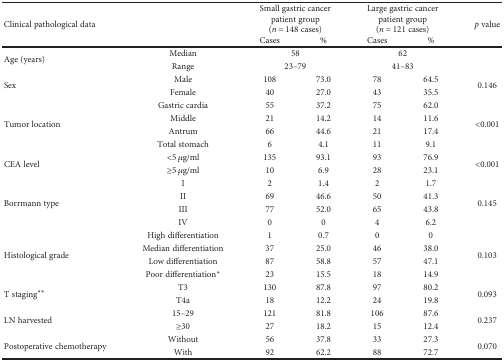
<table><thead><tr><td rowspan="2" colspan="2"><b>Clinical pathological data</b></td><td colspan="2"><b>Small gastric cancer patient group(<i>n</i> = 148 cases)</b></td><td colspan="2"><b>Large gastric cancer patient group(<i>n</i> = 121 cases)</b></td><td rowspan="2"><b><i>p</i> value</b></td></tr><tr><td><b>Cases</b></td><td><b>%</b></td><td><b>Cases</b></td><td><b>%</b></td></tr></thead><tbody><tr><td rowspan="2">Age (years)</td><td>Median</td><td colspan="2">58</td><td colspan="2">62</td><td></td></tr><tr><td>Range</td><td colspan="2">23–79</td><td colspan="2">41–83</td><td></td></tr><tr><td rowspan="2">Sex</td><td>Male</td><td>108</td><td>73.0</td><td>78</td><td>64.5</td><td rowspan="2">0.146</td></tr><tr><td>Female</td><td>40</td><td>27.0</td><td>43</td><td>35.5</td></tr><tr><td rowspan="4">Tumor location</td><td>Gastric cardia</td><td>55</td><td>37.2</td><td>75</td><td>62.0</td><td rowspan="4">&lt;0.001</td></tr><tr><td>Middle</td><td>21</td><td>14.2</td><td>14</td><td>11.6</td></tr><tr><td>Antrum</td><td>66</td><td>44.6</td><td>21</td><td>17.4</td></tr><tr><td>Total stomach</td><td>6</td><td>4.1</td><td>11</td><td>9.1</td></tr><tr><td rowspan="2">CEA level</td><td>&lt;5 <i>μ</i>g/ml</td><td>135</td><td>93.1</td><td>93</td><td>76.9</td><td rowspan="2">&lt;0.001</td></tr><tr><td>≥5 <i>μ</i>g/ml</td><td>10</td><td>6.9</td><td>28</td><td>23.1</td></tr><tr><td rowspan="4">Borrmann type</td><td>I</td><td>2</td><td>1.4</td><td>2</td><td>1.7</td><td rowspan="4">0.145</td></tr><tr><td>II</td><td>69</td><td>46.6</td><td>50</td><td>41.3</td></tr><tr><td>III</td><td>77</td><td>52.0</td><td>65</td><td>43.8</td></tr><tr><td>IV</td><td>0</td><td>0</td><td>4</td><td>6.2</td></tr><tr><td rowspan="4">Histological grade</td><td>High differentiation</td><td>1</td><td>0.7</td><td>0</td><td>0</td><td rowspan="4">0.103</td></tr><tr><td>Median differentiation</td><td>37</td><td>25.0</td><td>46</td><td>38.0</td></tr><tr><td>Low differentiation</td><td>87</td><td>58.8</td><td>57</td><td>47.1</td></tr><tr><td>Poor differentiation<sup>∗</sup></td><td>23</td><td>15.5</td><td>18</td><td>14.9</td></tr><tr><td rowspan="2">T staging<sup>∗∗</sup></td><td>T3</td><td>130</td><td>87.8</td><td>97</td><td>80.2</td><td rowspan="2">0.093</td></tr><tr><td>T4a</td><td>18</td><td>12.2</td><td>24</td><td>19.8</td></tr><tr><td rowspan="2">LN harvested</td><td>15–29</td><td>121</td><td>81.8</td><td>106</td><td>87.6</td><td rowspan="2">0.237</td></tr><tr><td>≥30</td><td>27</td><td>18.2</td><td>15</td><td>12.4</td></tr><tr><td rowspan="2">Postoperative chemotherapy</td><td>Without</td><td>56</td><td>37.8</td><td>33</td><td>27.3</td><td rowspan="2">0.070</td></tr><tr><td>With</td><td>92</td><td>62.2</td><td>88</td><td>72.7</td></tr></tbody></table>